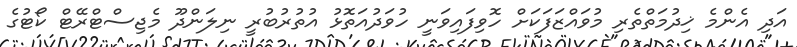
އަދި އެންމެ ޚިދުމަތްތެރި މުވައްޒަފަކަށް ހޮވިފައިވަނީ ހުވަދުއަތޮޅު އުތުރުބުރީ ނިލަންދޫ މެޖިސްޓްރޭޓް ކޯޓުގެ